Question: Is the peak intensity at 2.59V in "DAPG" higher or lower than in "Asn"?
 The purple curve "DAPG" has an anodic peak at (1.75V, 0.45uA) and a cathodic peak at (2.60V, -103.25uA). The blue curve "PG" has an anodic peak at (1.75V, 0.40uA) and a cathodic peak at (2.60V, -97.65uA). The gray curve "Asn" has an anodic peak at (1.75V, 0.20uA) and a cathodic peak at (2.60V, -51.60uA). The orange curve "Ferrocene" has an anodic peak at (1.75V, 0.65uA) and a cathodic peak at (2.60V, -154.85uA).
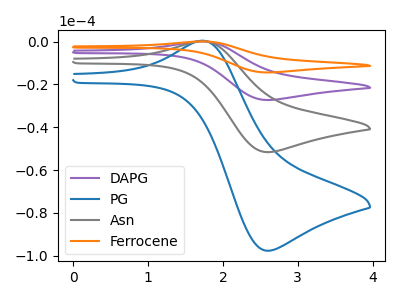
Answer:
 <answer>The peak at 2.59V is higher in "DAPG" than in "Asn".</answer>
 <eval>higher</eval>